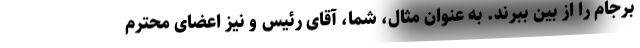
برجام را از بین ببرند. به عنوان مثال، شما، آقای رئیس و نیز اعضای محترم